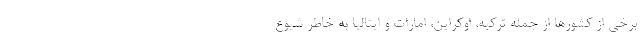
برخی از کشورها از جمله ترکیه، اوکراین، امارات و ایتالیا به خاطر شیوع